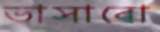
ভাসাবো